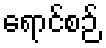
ရောင်စဉ်